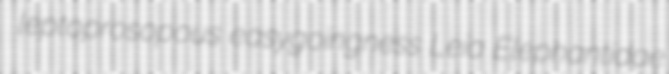
leptoprosopous easygoingness Leia Elephantidae